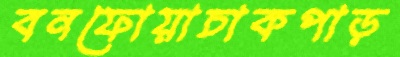
বনফোয়াচাকপাড়